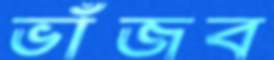
ভাঁজব